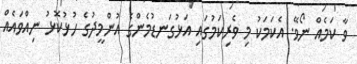
ވާ ކަމެއް ނޯވޭ. އެކަމަކު މި ވެރިކަމުގައި އަޅުގަނޑުމެންގެ އުންމީދުގެ ހުޅުކޮޅު ނިއްވައެއް